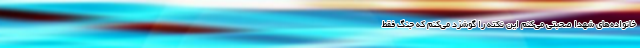
خانواده‌های شهدا صحبتی می‌کنم این نکته را گوشزد می‌کنم که جنگ فقط